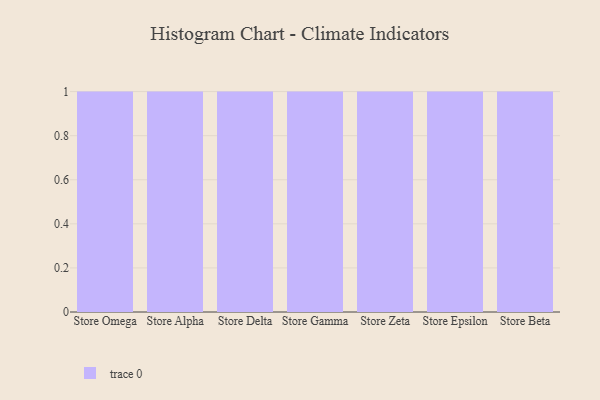
{"axis": {"x": "Store", "y": "Net Income (USD K)"}, "legend": [""], "data": [{"x": "Store Omega", "y": 2, "type": ""}, {"x": "Store Alpha", "y": 92, "type": ""}, {"x": "Store Delta", "y": 3, "type": ""}, {"x": "Store Gamma", "y": 77, "type": ""}, {"x": "Store Zeta", "y": 57, "type": ""}, {"x": "Store Epsilon", "y": 62, "type": ""}, {"x": "Store Beta", "y": 57, "type": ""}]}